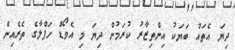
ދިޔަ އެތައް ބަޔަކު އިންތިޒާރު ކުރަމުން ދިޔަ މި އެވޯޑް ހަފްލާގެ ތެރެއިން